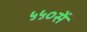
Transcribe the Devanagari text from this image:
५५०सें